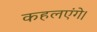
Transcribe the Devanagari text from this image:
कहलएंगे।